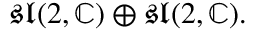
{ \mathfrak { s l } } ( 2 , \mathbb { C } ) \oplus { \mathfrak { s l } } ( 2 , \mathbb { C } ) .